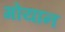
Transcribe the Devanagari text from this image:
गोयान